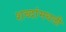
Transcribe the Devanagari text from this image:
शब्दांमधली